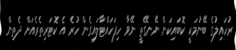
ރުހައިލުގެ ބޭނުމަކީ ކޮބައިކަން ނޭނގޭތީ ނޭވާ ހިފަހައްޓާލައިގެން ހުރެ އެ ކޮޓަރިތެރެއަށް ދެތިން